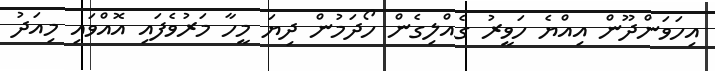
އިހަވަންދޫން އިއްޔެ ހަވީރު ގެއްލިގެން ހޯދަމުން ދިޔަ މީހާ މަރުވެފައި އޮއްވައި މިއަދު